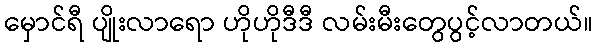
မှောင်ရီ ပျိုးလာရော ဟိုဟိုဒီဒီ လမ်းမီးတွေပွင့်လာတယ်။